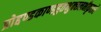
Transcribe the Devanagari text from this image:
प्रोद्दण्डकाण्डहुतभुक्छलभीकृतारे